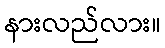
နားလည်လား။